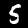
Label: 5